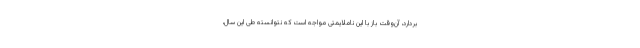
بردارد، آن‌وقت باز با این ناملایمتی مواجه است که نتوانسته طی این سال،